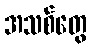
အသစ်တွေ